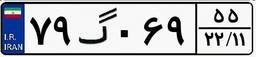
۶۱گ۴۸۸۷۴